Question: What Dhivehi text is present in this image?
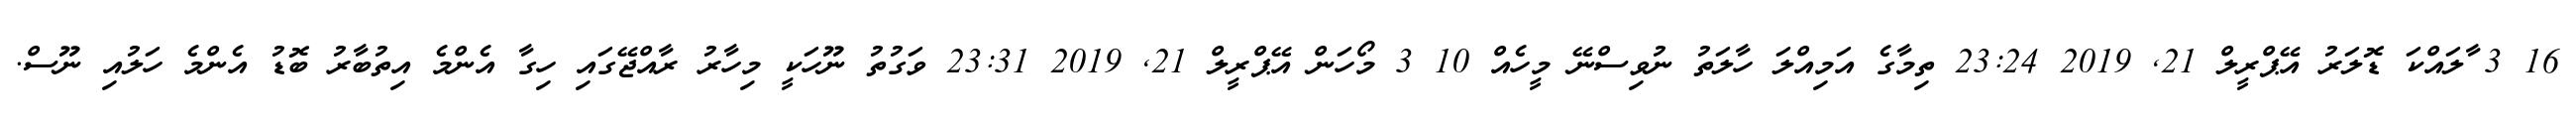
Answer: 16 3 ާލައްކަ ޑޮލަރު އޭޕްރީލް 21, 2019 23:24 ތިމާގެ އަމިއްލަ ހާލަތު ނުވިސްނޭ މީހެއް 10 3 މޯހަން އޭޕްރީލް 21, 2019 23:31 ވަގުތު ނޫހަކީ މިހާރު ރާއްޖޭގައި ހިގާ އެންމެ އިތުބާރު ބޮޑު އެންމެ ހަލުއި ނޫސް.